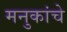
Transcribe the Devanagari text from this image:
मनुकांचे